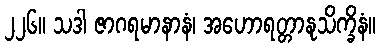
၂၂၆။ သဒါ ဇာဂရမာနာနံ၊ အဟောရတ္တာနုသိက္ခိနံ။